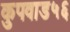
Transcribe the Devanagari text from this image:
कुपवाड५६